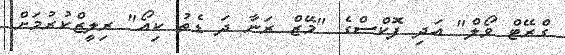
ގްރޭޓް ވޯލް" އަދި ފޮކްސްގެ "މޭޒް ރަނާ ދަ ޑެތު ކިއޯ" ރިލީޒްކުރުމަށް